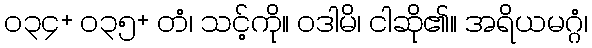
၀၃၄+ ၀၃၅+ တံ၊ သင့်ကို။ ဝဒါမိ၊ ငါဆို၏။ အရိယမဂ္ဂံ၊